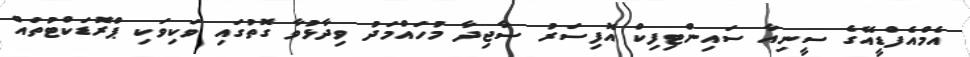
އެމްއެފްޑީއޭގެ ސީނިއާ ސައިންޓިފިކް އޮފިސަރު ސާޖިދާ މުހައްމަދު ވިދާޅުވާ ގޮތުގައި ވަކިވަކި ޕްރޮޑަކްޓުތައް